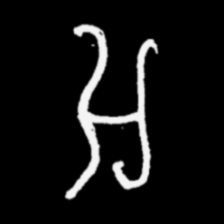
Pyu character \u2014 Myanmar letter: အ (romanized: a)